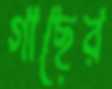
গাছের